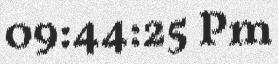
09:44:25 Pm